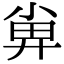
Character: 𡮁